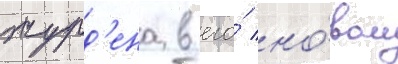
журд'ена в его́ но́вом